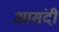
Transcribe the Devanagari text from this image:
आसंदी